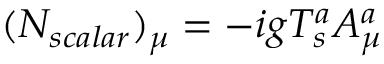
( N _ { s c a l a r } ) _ { \mu } = - i g T _ { s } ^ { a } A _ { \mu } ^ { a }